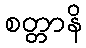
စတ္တာနိ